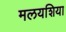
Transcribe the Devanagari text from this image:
मलयशिया